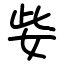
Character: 姕